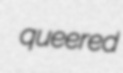
queered